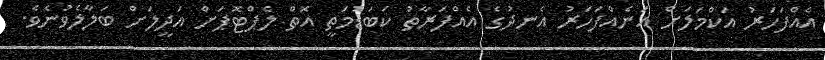
އެއްފަހަރު އަކްމަލަށް އަނެއްފަހަރު އެނދުގެ އެއްފަރާތު ކަބަޑުމަތީ އޮތް ލެޕްޓޮޕަށް އަދީލަށް ބަލާލެވުނެވެ.